Annual report of the Imperial Bacteriologist
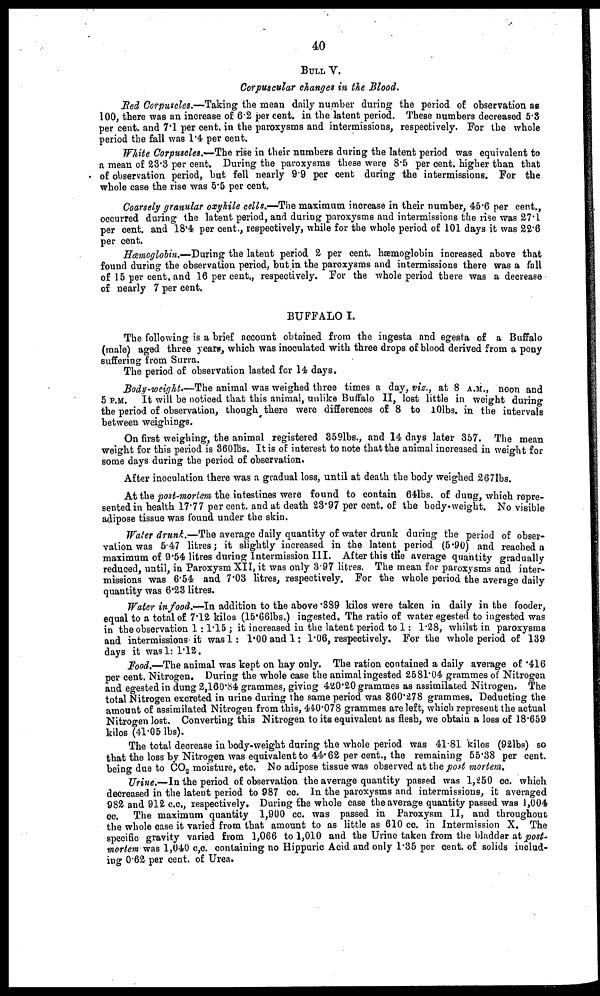
40
BULL V.
Corpuscular changes in the Blood.
Red Corpuscles.—Taking the mean daily number during the period of observation as
100, there was an increase of 6.2 per cent. in the latent period. These numbers decreased 5.3
per cent. and 7.1 per cent. in the paroxysms and intermissions, respectively. For the whole
period the fall was 1.4 per cent.
White Corpuscles.—The rise in their numbers during the latent period was equivalent to
a mean of 23.3 per cent. During the paroxysms these were 8.5 per cent. higher than that
of observation period, but fell nearly 9.9 per cent during the intermissions. For the
whole case the rise was 5.5 per cent.
Coarsely granular oxyhile cells.—The maximum increase in their number, 45.6 per cent.,
occurred during the latent period, and during paroxysms and intermissions the rise was 27.1
per cent. and 18.4 per cent., respectively, while for the whole period of 101 days it was 22.6
per cent.
Hæmoglobin.—During the latent period 2 per cent. hæmoglobin increased above that
found during the observation period, but in the paroxysms and intermissions there was a fall
of 15 per cent. and 16 per cent., respectively. For the whole period there was a decrease
of nearly 7 per cent.
BUFFALO I.
The following is a brief account obtained from the ingesta and egesta of a Buffalo
(male) aged three years, which was inoculated with three drops of blood derived from a pony
suffering from Surra.
The period of observation lasted for 14 days.
Body-weight.—The animal was weighed three times a day, viz., at 8 A.M., noon and
5 P.M. It will be noticed that this animal, unlike Buffalo II, lost little in weight during
the period of observation, though there were differences of 8 to 10lbs. in the intervals
between weighings.
On first weighing, the animal registered 359lbs., and 14 days later 357. The mean
weight for this period is 360lbs. It is of interest to note that the animal increased in weight for
some days during the period of observation.
After inoculation there was a gradual loss, until at death the body weighed 2671bs.
At the post-mortem the intestines were found to contain 64lbs. of dung, which repre-
sented in health 17.77 per cent. and at death 23.97 per cent. of the body-weight. No visible
adipose tissue was found under the skin.
Water drunk.—The average daily quantity of water drunk during the period of obser-
vation was 5.47 litres; it slightly increased in the latent period (5.90) and reached a
maximum of 9.54 litres during Intermission III. After this the average quantity gradually
reduced, until, in Paroxysm XII, it was only 3.97 litres. The mean for paroxysms and inter-
missions was 6.54 and 7.03 litres, respectively. For the whole period the average daily
quantity was 6.23 litres.
Water in food.-In
addition to the above .889 kilos were taken in daily in the fooder,
equal to a total of 7.12 kilos (15.66lbs.) ingested. The ratio of water egested to ingested was
in the observation 1: 1.15 ; it increased in the latent period to 1: 1.28, whilst in paroxysms
and intermissions it was 1: 1.00 and 1: 1.06, respectively. For the whole period of 139
days it was 1: 1.12.
Food.—The animal was kept on hay only. The ration contained a daily average of .416
per cent. Nitrogen. During the whole case the animal ingested 2581.04 grammes of Nitrogen
and egested in dung 2,160.84 grammes, giving 420.20 grammes as assimilated Nitrogen. The
total Nitrogen excreted in urine during the same period was 860.278 grammes. Deducting the
amount of assimilated Nitrogen from this, 440.078 grammes are left, which represent the actual
Nitrogen lost. Converting this Nitrogen to its equivalent as flesh, we obtain a loss of 18.659
kilos (41.05 lbs).
The total decrease in body-weight during the whole period was 41.81 kilos (92lbs) so
that the loss by Nitrogen was equivalent to 44.62 per cent., the remaining 55.38 per cent.
being due to CO 2 moisture, etc. No adipose tissue was observed at the post mortem.
Urine.—In the period of observation the average quantity passed was 1,250 cc. which
decreased in the latent period to 987 cc. In the paroxysms and intermissions, it averaged
982 and 912 c.c., respectively. During the whole case the average quantity passed was 1,004
cc. The maximum quantity 1,900 cc. was passed in Paroxysm II, and throughout
the whole case it varied from that amount to as little as 610 cc. in Intermission X. The
specific gravity varied from 1,066 to 1,010 and the Urine taken from the bladder at post-
mortem was 1,040 c,c. containing no Hippuric Acid and only 1.35 per cent. of solids includ-
ing 0.62 per cent. of Urea.